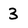
Character: 3